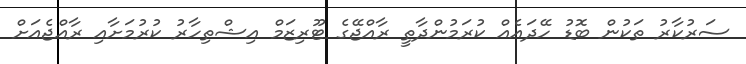
ސަރުކާރު ތަކުން ބޮޑު ހޭދައެއް ކުރަމުންދާތީ ރާއްޖޭގެ ޓޫރިޒަމް އިޝްތިހާރު ކުރުމަށާއި ރާއްޖެއަށް